Report on vaccination in Madras 1922-1929 - 1922-1929
Year: 1922
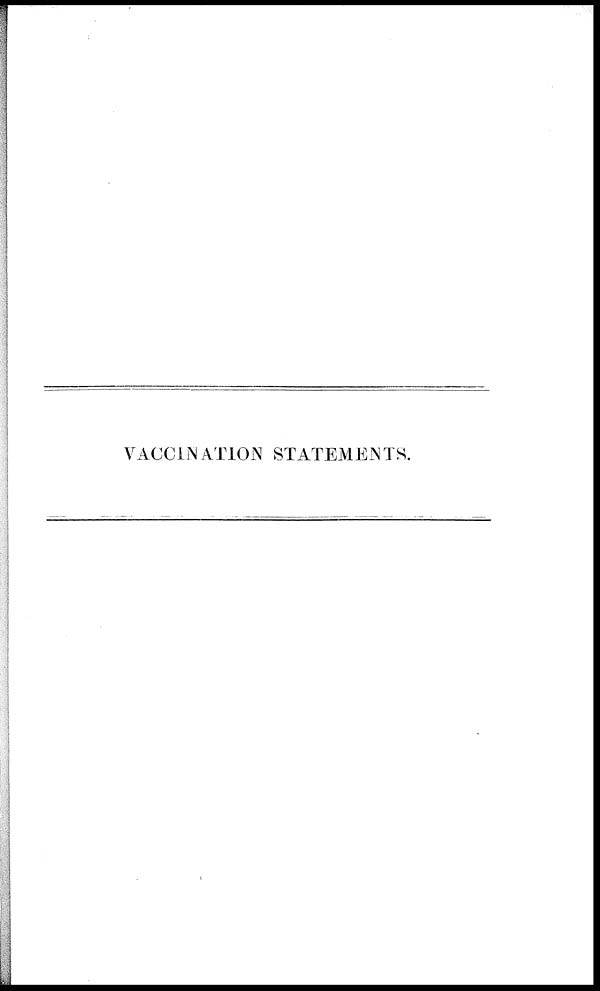
VACCINATION STATEMENTS.